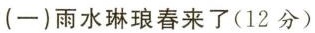
(一)雨水琳琅春来了(12分)